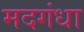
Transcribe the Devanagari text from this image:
मदगंधा